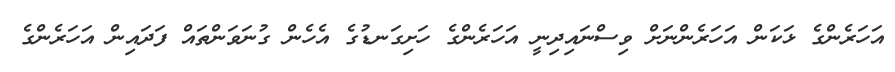
އަހަރެންގެ ޅަކަން އަހަރެންނަށް ވިސްނައިދިނީ އަހަރެންގެ ހަށިގަނޑުގެ އެހެން ގުނަވަންތައް ފަދައިން އަހަރެންގެ